Medical and sanitary report of the native army of Madras for the year
Year: 1877
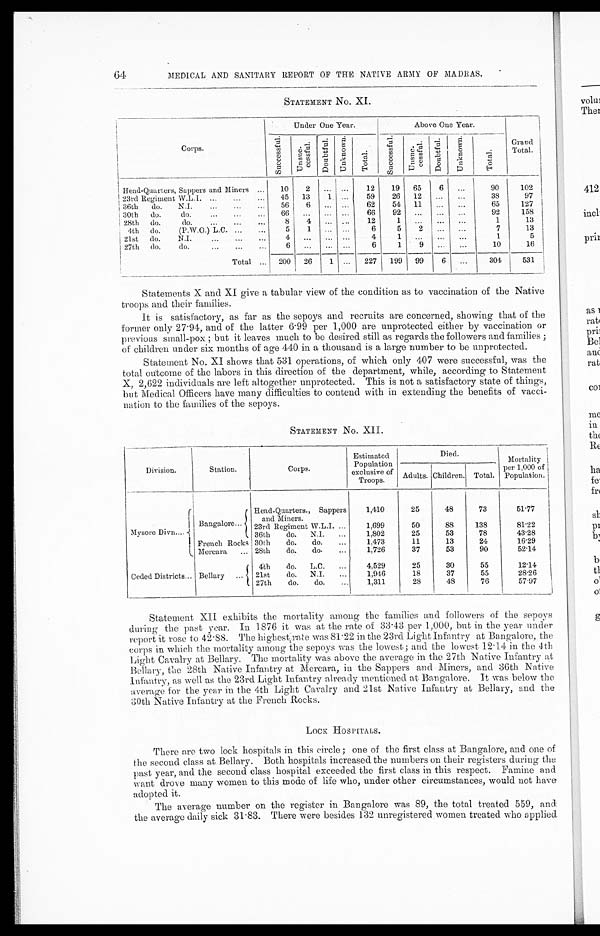
64
MEDICAL AND SANITARY REPORT OF THE NATIVE ARMY OF MADRAS.
STATEMENT No. XI.
Corps.
Under One Year.
Above One Year.
S u c c e s s f u l .
unc c e s s f ul . .
Doubt f ul .
Unknown. Total.
Successf ul .
U n s u s s f u l .
Do u b t f u l .
Unknown.
Total.
Grand
Total .
Head-Quarters, Sappers and Miners
...
10
2
... ...
12
19
65
6
...
90
102
23rd Regiment W.L.I. ...
...
...
45
13
1
...
59
26
12
...
...
38
97
36th
do.
N.J.
... ... ...
56
6
...
...
62
54
11
...
...
65
127
30th
do.
do.
... ...
...
66
...
...
...
66
92
... ... ...
92
158
28th do.
do.
... ... ...
8
4
...
...
12
1
...
...
...
1
13
4th do.
(P.W.O.) L.C. ...
...
5
1
... ...
6
5
2
...
...
7
13
21st
00.
N.J.
...
...
...
4
... ... ...
4
1
...
...
...
1
5
27th do.
do.
... ... ...
6
...
... ...
6
1
9
...
...
10
16
Total ...
200
26
1 ...
227 I199
99 I6
...
301
531
Statements X and XI give a tabular view of the condition as to vaccination of the Native
troops and their families.
It is satisfactory, as far as the sepoys and recruits are concerned, showing that of the
former only 27 . 94, and of the latter 6 . 99 per 1,000 are unprotected either by vaccination or
previous small-pox ; but it leaves much to be desired still as regards the followers and families ;
of children under six months of age 440 in a thousand is a large number to be unprotected.
Statement No. XI shows that 531 operations, of which only 407 were successful, was the
total outcome of the labors in this direction of the department, while, according to Statement
X, 2,622 individuals are left altogether unprotected. This is not a satisfactory state of things,
but Medical Officers have many difficulties to contend with in extending the benefits of vacci-
nation to the families of the sepoys.
STATEMENT No. XII.
Division.
Station.
Corps.
Per
Corps.
Estimated
Population
exclusive of
Troops.
Died.
Mortality
per 1,000 o
f P o p u l a t i o n .
A d u l t s .
C h i l d r e n .
Total.
Mysore Divn....
Bangalore...
Head-Quarters., Sappers
and Miners.
1,410
25
48
73
51.77
23rd Regiment W.L.I.
...
1,699
50
88
138
81.22
36th
do.
N.I.
...
1,802
25
53
78
43.28
French Rocks
Mercara
...
30th
do.
do.
...
1,473
11
13
24
16.29
28th
do do
.
...
1,726
37
53
90
52.14
4th
do.
L.C.
...
4,529
25
30
55
12.14
Ceded Districts... Bellary...
21st
do.N.L.I.
...
1,946
18
37
55
28.26
27th
do.
do.
...
1,311
28
48
76
57.97
Statement XII exhibits the mortality among the families and followers of the sepoys
during the past year. In 1876 it was at the rate of 33 . 43 per 1,000, but in the year under
report it rose to 42 . 88. The highest rate was 81 . 22 in the 23rd Light Infantry at Bangalore, the
corps in which the mortality among the sepoys was the lowest; and the lowest 12 . 14 in the 4th
Light Cavalry at Bellary. The mortality was above the average in the 27th Native Infantry at
Bellary, the 28th Native Infantry at Mercara, in the Sappers and Miners, and 36th Native
Infantry, as well as the 23rd Light Infantry already mentioned at Bangalore. It was below the
average for the year in the 4th Light Cavalry and 21st Native Infantry at Bellary, and the
30th Native Infantry at the French Rocks.
LOCK HOSPITALS.
There are two lock hospitals in this circle ; one of the first class at Bangalore, and one of
the second class at Bellary. Both hospitals increased the numbers on their registers during the
past year, and the second class hospital exceeded the first class in this respect. Famine and
want drove many women to this mode of life who, under other circumstances, would not have
adopted it.
The average number on the register in Bangalore was 89, the total treated 559, and
the average daily sick 31 . 83. There were besides 132 unregistered women treated who applied